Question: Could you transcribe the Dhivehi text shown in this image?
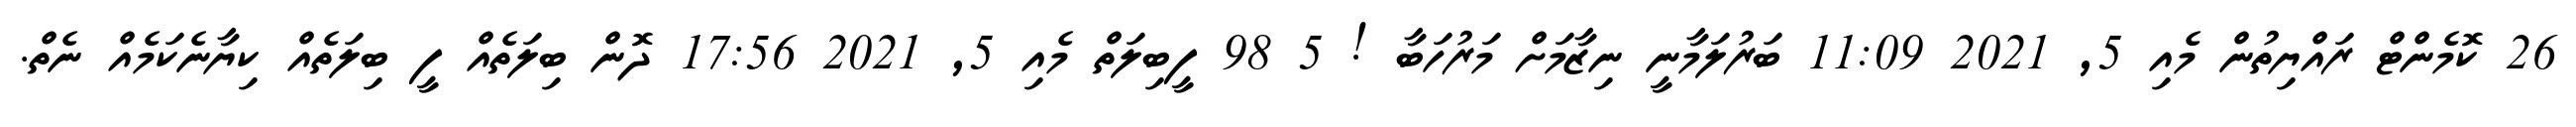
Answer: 26 ކޮމެންޓް ރައްޔިތުން މެއި 5, 2021 11:09 ބަރުލަމާނީ ނިޒާމަށް މަރުހަބާ ! 5 98 ފީބިލަތް މެއި 5, 2021 17:56 ދޮން ބިލަތެއް ފީ ބިލަތެއް ކިޔާނެކަމެއް ނެތް.